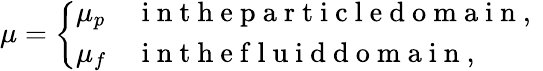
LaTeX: \begin{array}{r}{\mu=\left\{ \begin{array}{ll}{\mu_{p}}&{\mathrm{~i~n~t~h~e~p~a~r~t~i~c~l~e~d~o~m~a~i~n~,~}}\\ {\mu_{f}}&{\mathrm{~i~n~t~h~e~f~l~u~i~d~d~o~m~a~i~n~,~}}\end{array}\right.}\end{array}